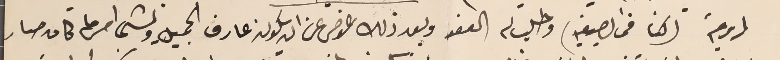
لرومية (كنا فى الصيفيه) وطلب له العفو وبعد ذلك عوض عن ان يكون عارف الجميل ولشي امر ما كان صار